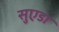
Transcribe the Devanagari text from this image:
सुएडा